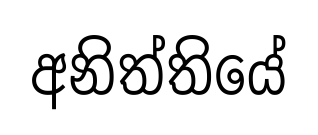
අනිත්තියේ